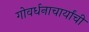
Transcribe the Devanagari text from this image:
गोवर्धनाचार्यांची